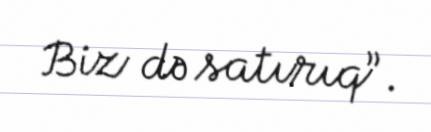
Biz də satırıq”.